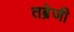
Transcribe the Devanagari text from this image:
तब्रेजी